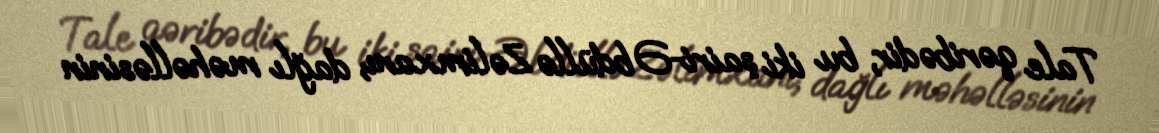
Tale qəribədir, bu iki şairi-Əbdüllə Zəlimxanı, dağlı məhəlləsinin